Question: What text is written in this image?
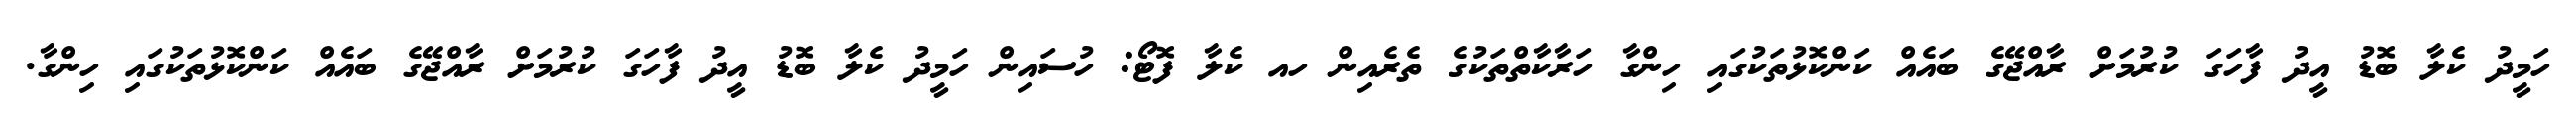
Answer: ހަމީދު ކެލާ ބޮޑު އީދު ފާހަގަ ކުރުމަށް ރާއްޖޭގެ ބައެއް ކަންކޮޅުތަކުގައި ހިންގާ ހަރާކާތްތަކުގެ ތެރެއިން ހއ ކެލާ ފޮޓޯ: ހުސައިން ހަމީދު ކެލާ ބޮޑު އީދު ފާހަގަ ކުރުމަށް ރާއްޖޭގެ ބައެއް ކަންކޮޅުތަކުގައި ހިންގާ.